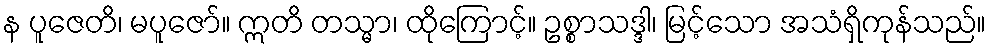
န ပူဇေတိ၊ မပူဇော်။ ဣတိ တသ္မာ၊ ထိုကြောင့်။ ဥစ္စာသဒ္ဒါ၊ မြင့်သော အသံရှိကုန်သည်။